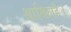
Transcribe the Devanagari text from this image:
शामिलहै।